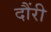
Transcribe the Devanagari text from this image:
दौंरी